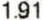
1.91